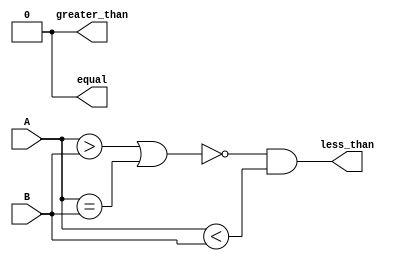
module comparator_64bit (
    input [63:0] A,
    input [63:0] B,
    output wire equal,
    output wire less_than,
    output wire greater_than
);

wire [63:0] equal_comp;
wire [63:0] less_than_comp;
wire [63:0] greater_than_comp;

assign equal_comp = A == B;
assign less_than_comp = A < B;
assign greater_than_comp = A > B;

assign equal = &equal_comp;
assign less_than = ~(|greater_than_comp | equal_comp) & |less_than_comp;
assign greater_than = &greater_than_comp;

endmodule